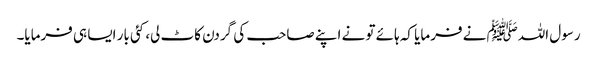
رسول اللہﷺ نے فرمایا کہ ہائے تو نے اپنے صاحب کی گردن کاٹ لی، کئی بار ایسا ہی فرمایا۔